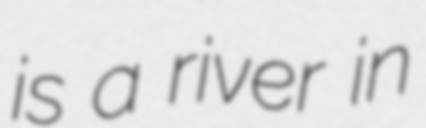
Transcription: is a river in